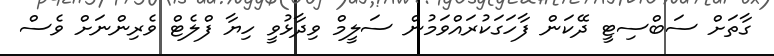
ގާތަށް ސަބްސިޓީ ދޭކަން ފާހަގަކުރައްވަމުން ސަލީމް ވިދާޅުވީ ހިޔާ ފްލެޓް ވެރިންނަށް ވެސް